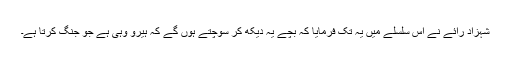
شہزاد رائے نے اس سلسلے میں یہ تک فرمایا کہ بچے یہ دیکھ کر سوچتے ہوں گے کہ ہیرو وہی ہے جو جنگ کرتا ہے۔